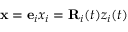
{ \bf x } = { \bf e } _ { i } x _ { i } = { \bf R } _ { i } ( t ) z _ { i } ( t )